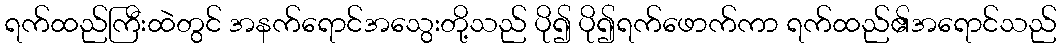
ရက်ထည်ကြီးထဲတွင် အနက်ရောင်အသွေးတို့သည် ပို၍ ပို၍ရက်ဖောက်ကာ ရက်ထည်၏အရောင်သည်